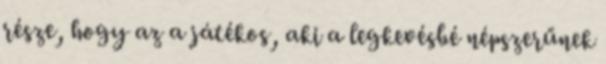
része, hogy az a játékos, aki a legkevésbé népszerűnek